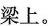
梁上。